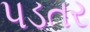
પડતર